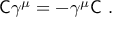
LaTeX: { \mathsf { C } } \gamma ^ { \mu } = - \gamma ^ { \mu } { \mathsf { C } } ~ .